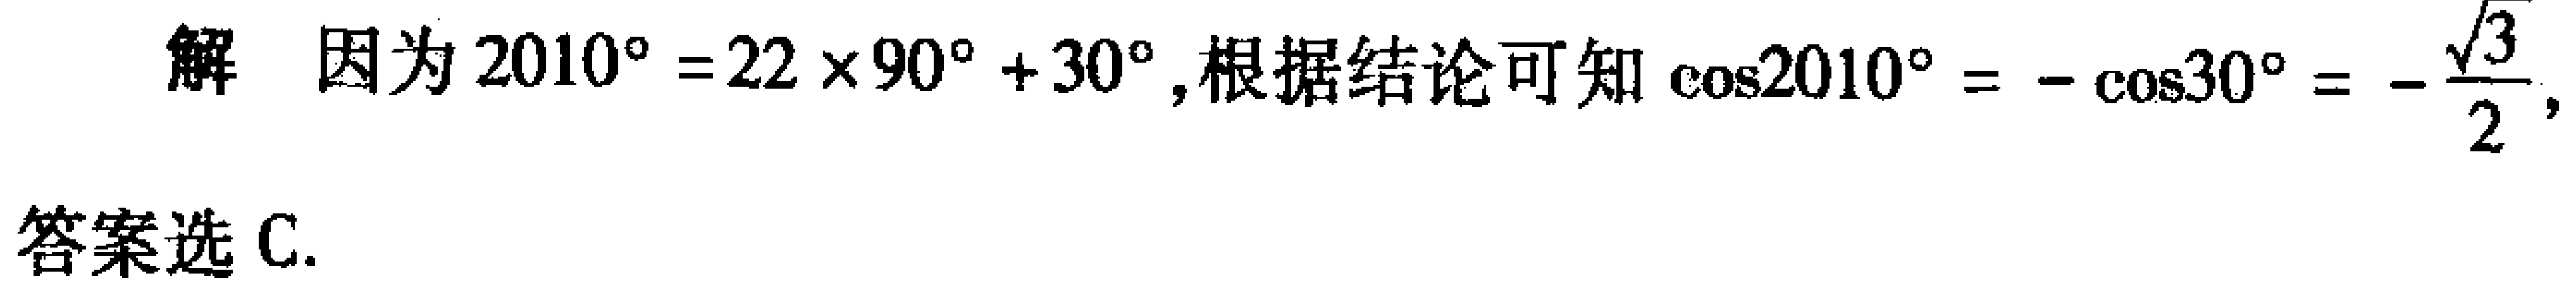
解 因为 \(2010^{\circ}=22\times90^{\circ}+30^{\circ}\),根据结论可知 \(\cos2010^{\circ}=-\cos30^{\circ}=-\frac{\sqrt{3}}{2}\),

答案选C.